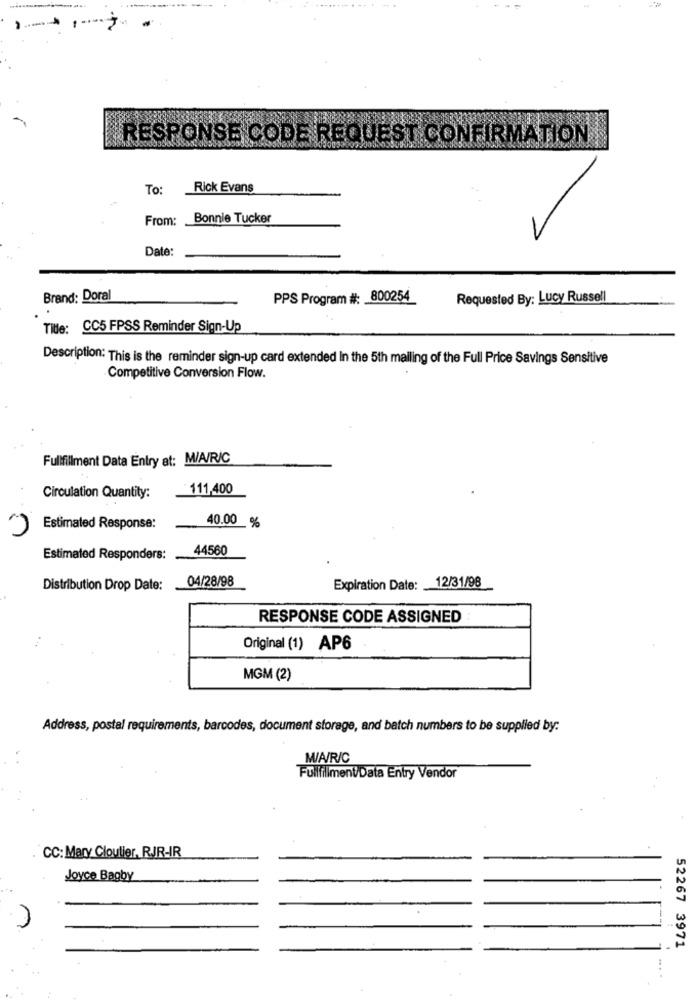
`RESPONSE CODE REQUEST CONFIRMATION
To:
Rick Evans
From:
Bonnie Tucker
Date:
Brand: Doral
PPS Program #: 800254
Requested By: Lucy Russell
Title: CC5 FPSS Reminder Sign-Up
Description: This is the reminder sign-up card extended In the 5th malling of the Full Price Savings Sensitive
Competitive Conversion Flow.
Fulfillment Data Entry at: M/A/R/C
111,400
Circulation Quantity:
40.00 %
Estimated Response:
44560
Estimated Responders:
04/28/98
Distribution Drop Date:
Expiration Date: 12/31/98
RESPONSE CODE ASSIGNED
Original (1) AP6
MGM (2)
Address, postal requirements, barcodes, document storage, and batch numbers to be supplied by:
M/A/R/C
Fullfillment/Data Entry Vendor
CC: Mary Cloutier, RJJR-IR
Joyce Bagby
n
52267 3971
....